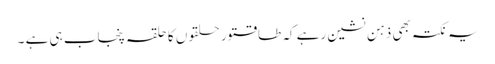
یہ نکتہ بھی ذہن نشین رہے کہ طاقتور حلقوں کا حلقہ پنجاب ہی ہے ۔